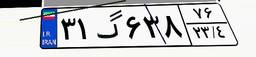
۳۱گ۶۳۸۷۶